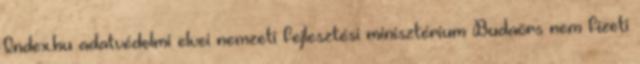
Index.hu adatvédelmi elvei nemzeti fejlesztési minisztérium Budaörs nem fizeti